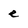
Character: e